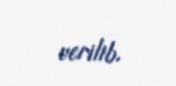
verilib.